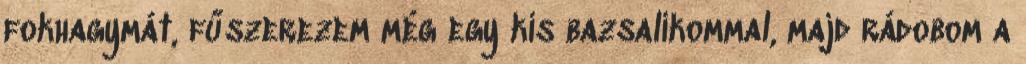
fokhagymát, fűszerezem még egy kis bazsalikommal, majd rádobom a